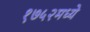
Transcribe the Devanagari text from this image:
१७५२मध्ये